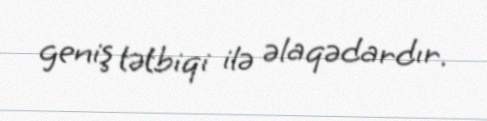
geniş tətbiqi ilə əlaqədardır.